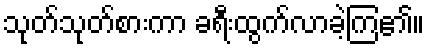
သုတ်သုတ်စားကာ ခရီးထွက်လာခဲ့ကြ၏။